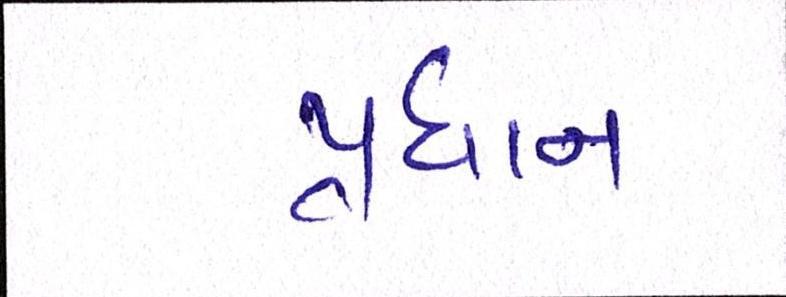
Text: પ્રધાન